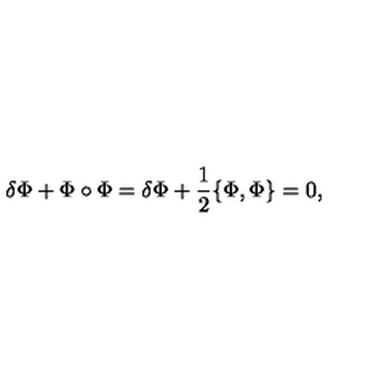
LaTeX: \delta \Phi + \Phi \circ \Phi = \delta \Phi + \frac { 1 } { 2 } \{ \Phi , \Phi \} = 0 ,